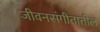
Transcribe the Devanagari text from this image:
जीवनसंगीतातील